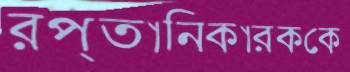
রপ্তানিকারককে